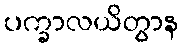
ပက္ခာလယိတွာန